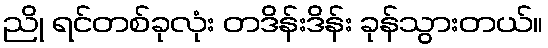
ညို ရင်တစ်ခုလုံး တဒိန်းဒိန်း ခုန်သွားတယ်။